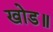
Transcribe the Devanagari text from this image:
खोड॥